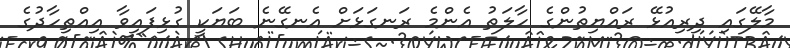
މާލޭގައި ދިރިއުޅޭ ރައްޔިތުންގެ ހާލަތު އެންމެ ރަނގަޅަށް އެނގޭނެ ބަޔަކީ ގުޅިފައިވާ އިއްތިހާދުގެ